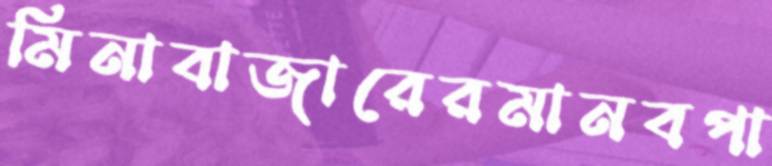
মিনাবাজারেরমানবপা